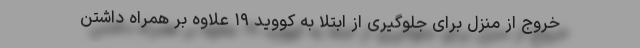
خروج از منزل برای جلوگیری از ابتلا به کووید ۱۹ علاوه بر همراه داشتن